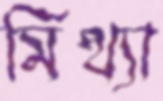
মিথ্যা